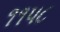
૧૧પ૮